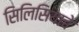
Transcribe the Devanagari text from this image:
सिलिसियाचे